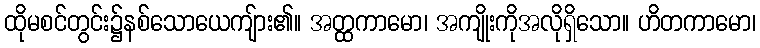
ထိုမစင်တွင်း၌နစ်သောယေကျ်ား၏။ အတ္ထကာမော၊ အကျိုးကိုအလိုရှိသော။ ဟိတကာမော၊